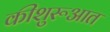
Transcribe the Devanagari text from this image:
कीशुरूआत